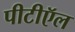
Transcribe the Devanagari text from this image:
पीटीऍल